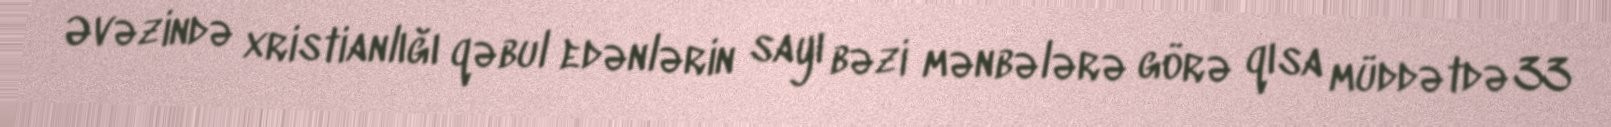
Əvəzində xristianlığı qəbul edənlərin sayı bəzi mənbələrə görə qısa müddətdə 33